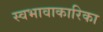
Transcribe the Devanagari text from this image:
स्वभावाकारिका